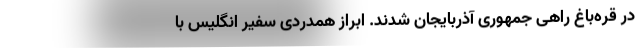
در قره‌باغ راهی جمهوری آذربایجان شدند. ابراز همدردی سفیر انگلیس با